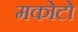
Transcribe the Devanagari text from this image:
मकोटो